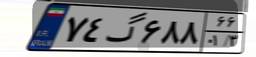
۴۴گ۹۰۹۸۶